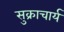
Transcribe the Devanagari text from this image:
सुक्राचार्य